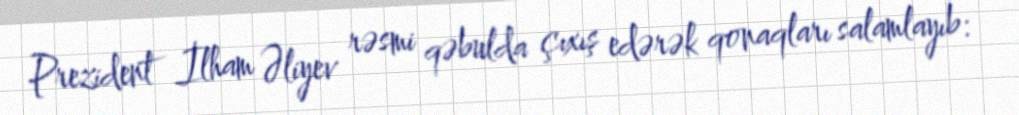
Prezident İlham Əliyev rəsmi qəbulda çıxış edərək qonaqları salamlayıb: